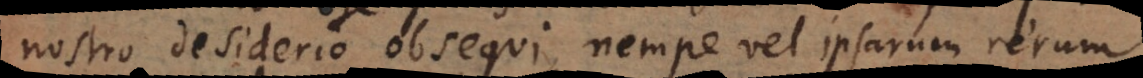
nostro desiderio obsequi, nempe vel ipsarum rerum